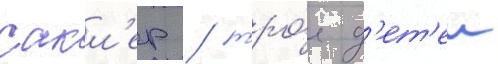
сакл'ер / тро́е д'ет'еи